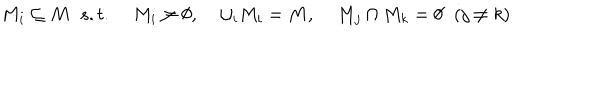
LaTeX: \hspace { 1 i n } M _ { i } \subseteq M \; \; s . t . \; M _ { i } \ne \emptyset , \; \cup _ { i } M _ { i } = M , \; M _ { j } \cap M _ { k } = \emptyset \; \; ( j \ne k )